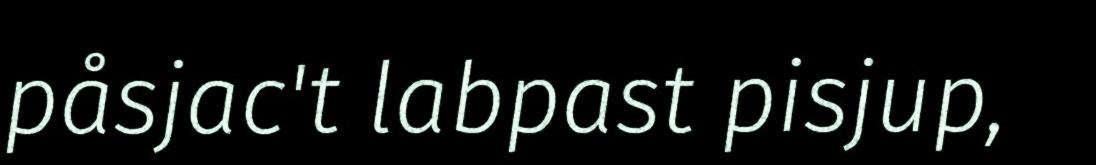
påsjac't labpast pisjup,